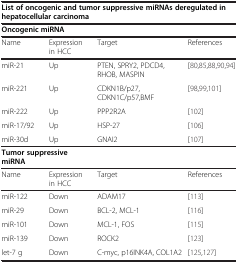
| <COLSPAN=4> List of oncogenic and tumor suppressive miRNAs deregulated in hepatocellular carcinoma |
 | --- | --- | --- | --- |
 | <COLSPAN=2> Oncogenic miRNA |  |  |
 | Name | Expression in HCC | Target | References |
 | miR-21 | Up | PTEN, SPRY2, PDCD4, RHOB, MASPIN | [80,85,88,90,94] |
 | miR-221 | Up | CDKN1B/p27,CDKN1C/p57,BMF | [98,99,101] |
 | miR-222 | Up | PPP2R2A | [102] |
 | miR-17/92 | Up | HSP-27 | [106] |
 | miR-30d | Up | GNAI2 | [107] |
 | <COLSPAN=2> Tumor suppressive miRNA |  |  |
 | Name | Expression in HCC | Target | References |
 | miR-122 | Down | ADAM17 | [113] |
 | miR-29 | Down | BCL-2, MCL-1 | [116] |
 | miR-101 | Down | MCL-1, FOS | [115] |
 | miR-139 | Down | ROCK2 | [123] |
 | let-7 g | Down | C-myc, p16INK4A, COL1A2 | [125,127] |